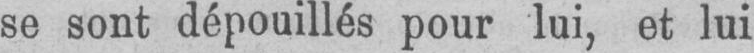
se sont dépouillés pour lui, et lui